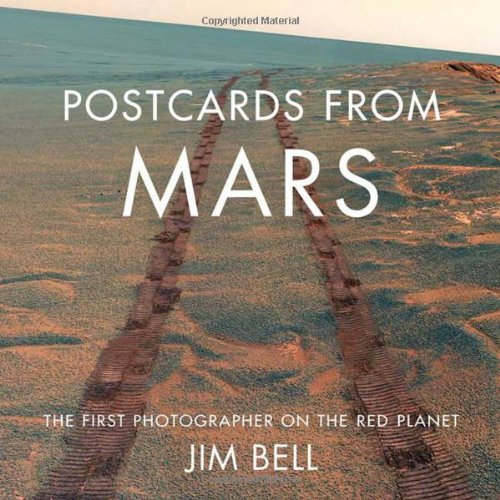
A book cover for Postcards from Mars: The First Photographer on the Red Planet; Jim Bell; Science & Math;